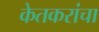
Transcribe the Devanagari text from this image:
केतकरांचा